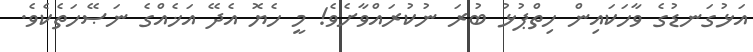
އަޅުގަނޑުގެ ވާހަކައިން ހިތްޕުޅު ބުރަ ނުކުރައްވާށެވެ! މީ ހެޔޮ އެދޭ އަޚެއްގެ ނަޞޭހަތެކެވެ.